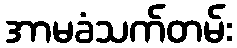
အာမခံသက်တမ်း